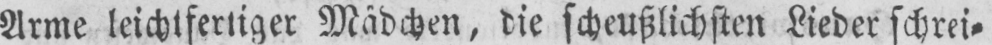
Arme leichtfertiger Mädchen, die scheußlichsten Lieder schrei⸗